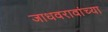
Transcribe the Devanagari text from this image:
जाधवरावांच्या